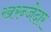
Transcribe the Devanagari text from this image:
खरन्जेदार